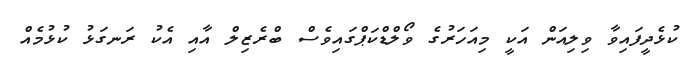
ކުޅެދީފައިވާ ވިލިއަން އަކީ މިއަހަރުގެ ވޯލްޑްކަޕްގައިވެސް ބްރެޒިލް އާއި އެކު ރަނގަޅު ކުޅުމެއް